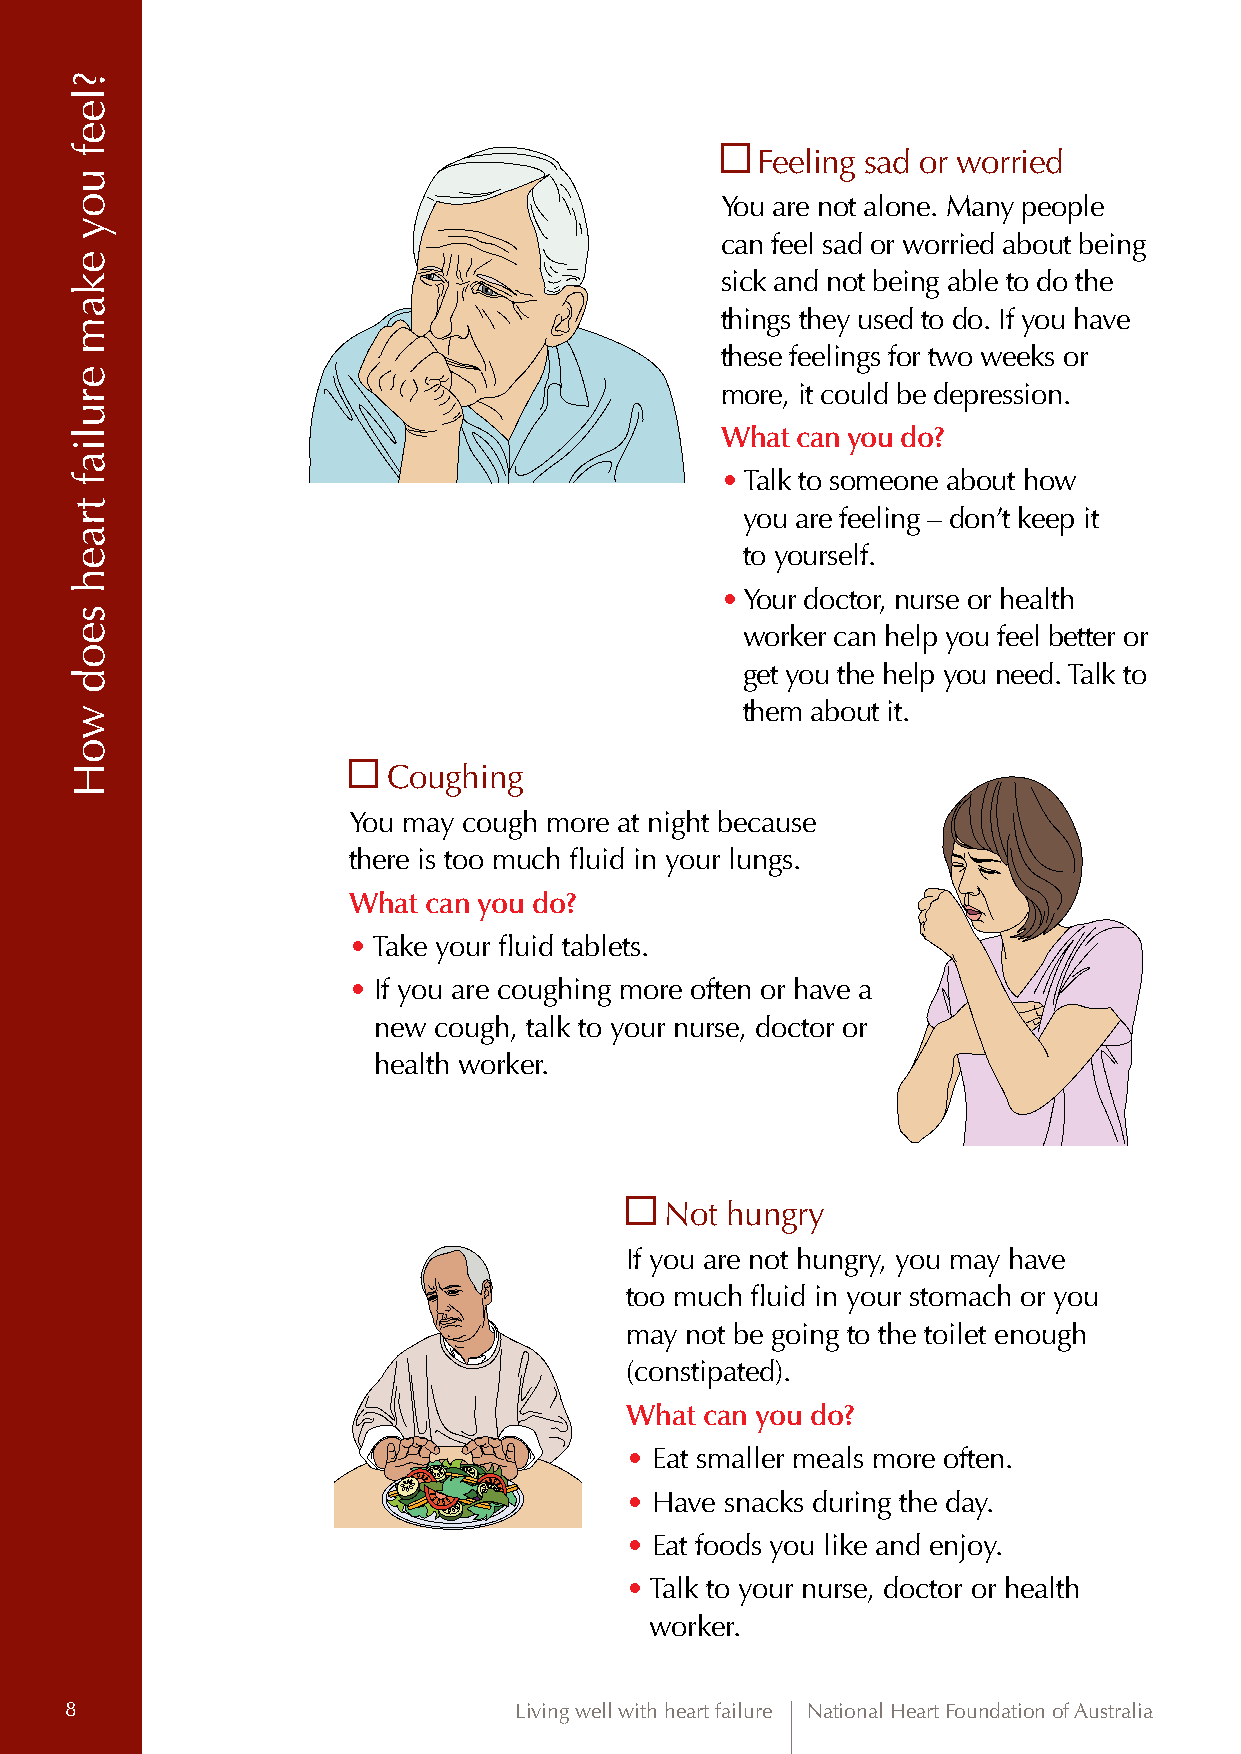
Feeling sad or worried
 You are not alone. Many people
 can feel sad or worried about being
 sick and not being able to do the
 things they used to do. If you have
 these feelings for two weeks or
 more, it could be depression.
 What can you do?
 • Talk to someone about how
 you are feeling – don’t keep it
 to yourself.
 • Your doctor, nurse or health
 worker can help you feel better or
 get you the help you need. Talk to
 them about it.
 Coughing
 You may cough more at night because
 there is too much fluid in your lungs.
 What can you do?
 • Take your fluid tablets.
 • If you are coughing more often or have a
 new cough, talk to your nurse, doctor or
 health worker.
 Not hungry
 If you are not hungry, you may have
 too much fluid in your stomach or you
 may not be going to the toilet enough
 (constipated).
 What can you do?
 • Eat smaller meals more often.
 • Have snacks during the day.
 • Eat foods you like and enjoy.
 • Talk to your nurse, doctor or health
 worker.
 8                             Living well with heart failure National Heart Foundation of Australia
 ?leef
 uoy
 ekam
 eruliaf
 traeh
 seod
 woH